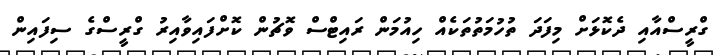
ގްރީސްއާއި ދެކޮޅަށް މިފަދަ ތުހުމަތުތަކެއް ހިއުމަން ރައިޓްސް ވޮޗުން ކޮށްފައިވާއިރު ގްރީސްގެ ސިފައިން